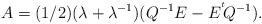
\begin{align*} A=(1/2)(\lambda+\lambda^{-1})(Q^{-1}E-E^{^t}\!Q^{-1}).\end{align*}